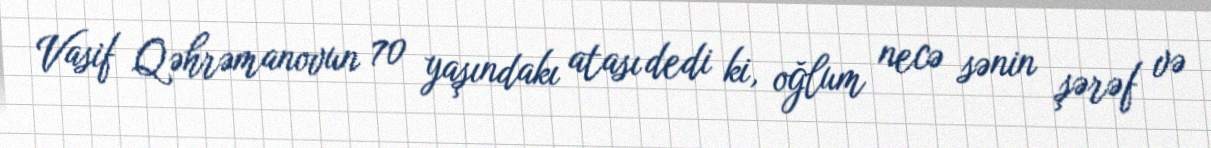
Vasif Qəhrəmanovun 70 yaşındakı atası dedi ki, oğlum necə sənin şərəf və